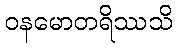
ဝနမောတရိဿသိ